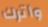
وأترك